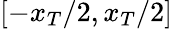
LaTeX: [-x_{T}/2,x_{T}/2]